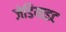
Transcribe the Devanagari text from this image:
जेडियाइट